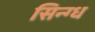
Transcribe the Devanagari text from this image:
सिन्ग्ध